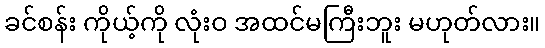
ခင်စန်း ကိုယ့်ကို လုံးဝ အထင်မကြီးဘူး မဟုတ်လား။